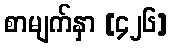
စာမျက်နှာ [၄၂၆]